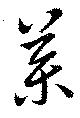
藥